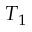
T _ { 1 }